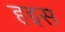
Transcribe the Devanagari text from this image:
हइस